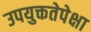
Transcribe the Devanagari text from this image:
उपयुक्ततेपेक्षा